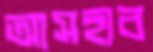
আসহাব